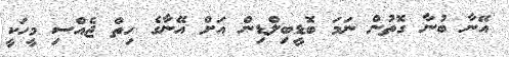
އޭނާ ބުނާ ގޮތުން ނަމަ ބޮޑީބިލްޑިން އަށް އޭނާގެ ހިތް ޖެއްސި މީހަކީ